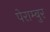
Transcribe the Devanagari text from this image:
पेराम्बुर